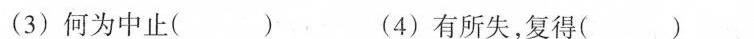
(3)何为中止( ) (4)有所失，复得( )